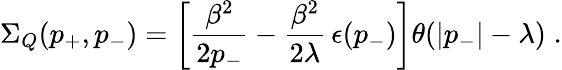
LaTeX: \Sigma_{Q}(p_{+},p_{-})=\left[\frac{\beta^{2}}{2p_{-}}-\frac{\beta^{2}}{2\lambda}\, \epsilon(p_{-})\right]\theta(|p_{-}|-\lambda)\; .